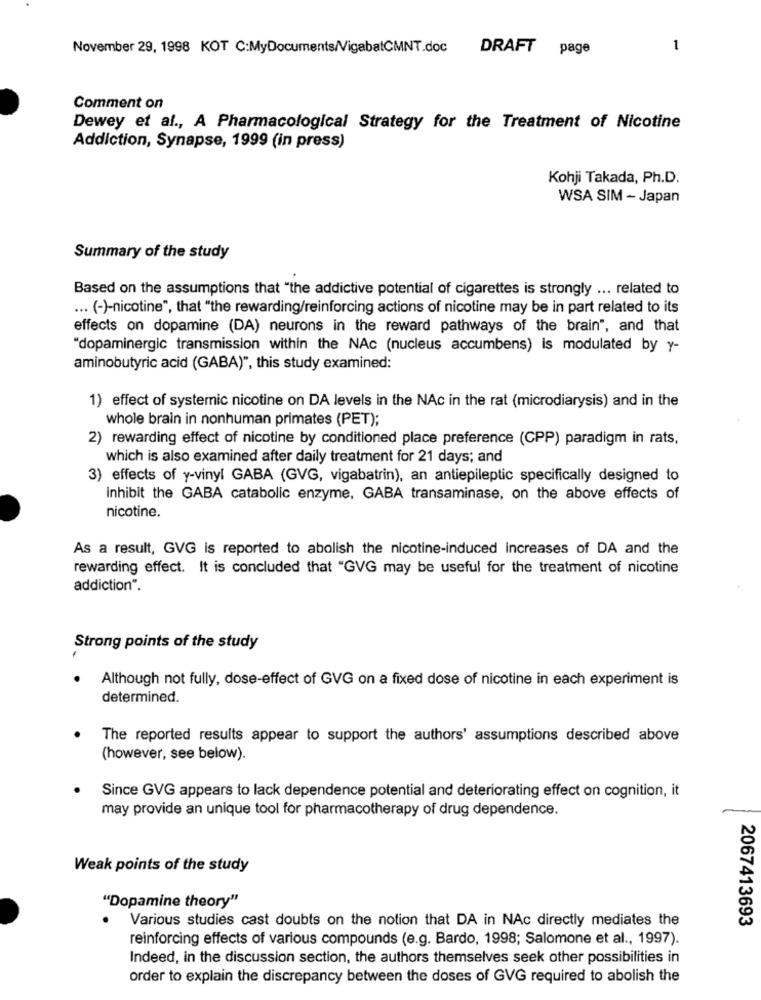
November 29, 1998 KOT C:MyDocuments/VigabatCMNT.doc
DRAFT page
1
Comment on
Dewey et al ., A Pharmacological Strategy for the Treatment of Nicotine
Addiction, Synapse, 1999 (in press)
Kohji Takada, Ph.D.
WSA SIM - Japan
Summary of the study
Based on the assumptions that "the addictive potential of cigarettes is strongly ... related to
... (-)-nicotine", that "the rewarding/reinforcing actions of nicotine may be in part related to its
effects on dopamine (DA) neurons in the reward pathways of the brain", and that
"dopaminergic transmission within the NAc (nucleus accumbens) is modulated by y-
aminobutyric acid (GABA)", this study examined:
1) effect of systemic nicotine on DA levels in the NAc in the rat (microdiarysis) and in the
whole brain in nonhuman primates (PET);
2) rewarding effect of nicotine by conditioned place preference (CPP) paradigm in rats.
which is also examined after daily treatment for 21 days; and
3) effects of y-vinyl GABA (GVG, vigabatrin), an antiepileptic specifically designed to
Inhibit the GABA catabolic enzyme, GABA transaminase, on the above effects of
nicotine.
As a result, GVG is reported to abolish the nicotine-induced increases of DA and the
rewarding effect. It is concluded that "GVG may be useful for the treatment of nicotine
addiction".
Strong points of the study
Although not fully, dose-effect of GVG on a fixed dose of nicotine in each experiment is
determined.
The reported results appear to support the authors' assumptions described above
(however, see below).
Since GVG appears to lack dependence potential and deteriorating effect on cognition, it
may provide an unique tool for pharmacotherapy of drug dependence.
Weak points of the study
"Dopamine theory"
Various studies cast doubts on the notion that DA in NAc directly mediates the
2067413693
reinforcing effects of various compounds (e.g. Bardo, 1998; Salomone et al ., 1997).
Indeed, in the discussion section, the authors themselves seek other possibilities in
order to explain the discrepancy between the doses of GVG required to abolish the